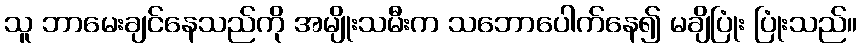
သူ ဘာမေးချင်နေသည်ကို အမျိုးသမီးက သဘောပေါက်နေ၍ မချိပြုံး ပြုံးသည်။